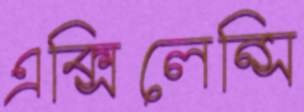
এক্সিলেন্সি